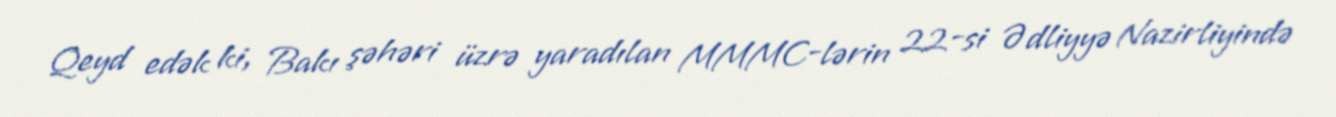
Qeyd edək ki, Bakı şəhəri üzrə yaradılan MMMC-lərin 22-si Ədliyyə Nazirliyində